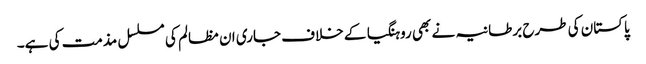
پاکستان کی طرح برطانیہ نے بھی روہنگیا کے خلاف جاری ان مظالم کی مسلسل مذمت کی ہے۔